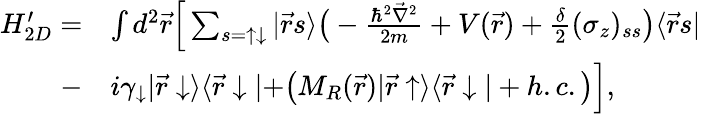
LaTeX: \begin{array}{rl}{H_{2D}^{\prime}=}&{\int d^{2}\vec{r}\Big[\sum_{s=\uparrow\downarrow}|\vec{r}s\rangle\bigr(-\frac{\hbar^{2}\vec{\nabla}^{2}}{2m}+V(\vec{r})+\frac{\delta}{2}(\sigma_{z})_{ss}\bigr)\langle\vec{r}s|}\\ {-}&{i\gamma_{\downarrow}|\vec{r}\downarrow\rangle\langle\vec{r}\downarrow|+\bigr(M_{R}(\vec{r})|\vec{r}\uparrow\rangle\langle\vec{r}\downarrow|+h.c.\bigr)\Big],}\end{array}